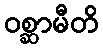
ဝစ္ဆာမီတိ